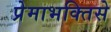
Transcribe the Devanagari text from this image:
प्रेमाभक्तिसे